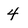
Character: 4